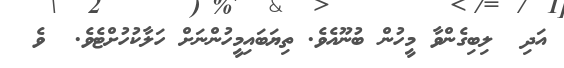
އަދި  ލިބިގެންވާ މީހުން ބުނޫއެވެ. ތިޔަބައިމީހުންނަށް ހަލާކުހުށްޓެވެ.  ވެ